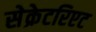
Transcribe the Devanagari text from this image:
सेक्रेटरिएट